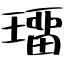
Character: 璢